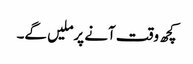
کچھ وقت آنے پرملیں گے۔